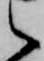
之